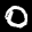
Label: 0